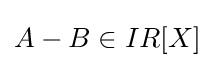
A-B\in IR[X]